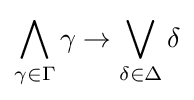
\bigwedge _{\gamma \in \Gamma }\gamma \rightarrow \bigvee _{\delta \in \Delta }\delta